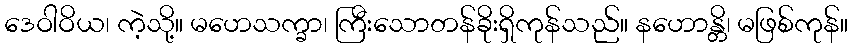
ဒေဝါဝိယ၊ ကဲ့သို့။ မဟေသက္ခာ၊ ကြီးသောတန်ခိုးရှိကုန်သည်။ နဟောန္တိ၊ မဖြစ်ကုန်။